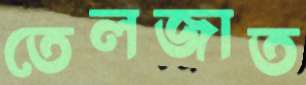
তেলজাত